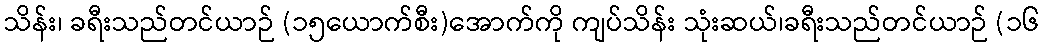
သိန်း၊ ခရီးသည်တင်ယာဉ် (၁၅ယောက်စီး)အောက်ကို ကျပ်သိန်း သုံးဆယ်၊ခရီးသည်တင်ယာဉ် (၁၆